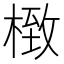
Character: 㮹